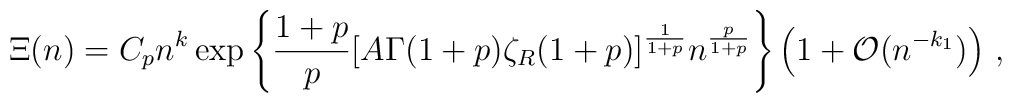
\Xi (n)= C_pn^{k} \exp\left\{\frac{1+p}{p}[A\Gamma(1+p)\zeta_R (1+p)]^{\frac1{1+p}}n^{\frac{p}{1+p}}\right\}\left(1+{\cal O}(n^{-k_1})\right)\,\mbox{,}